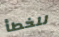
للخطأ